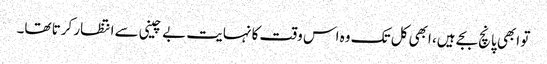
تو ابھی پانچ بجے ہیں، ابھی کل تک وہ اس وقت کا نہایت بے چینی سے انتظار کرتا تھا۔